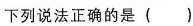
下列说法正确的是()